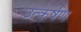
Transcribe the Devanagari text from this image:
उत्कर्षण